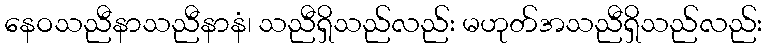
နေဝသညီနာသညီနာနံ၊ သညီရှိသည်လည်း မဟုတ်အသညီရှိသည်လည်း